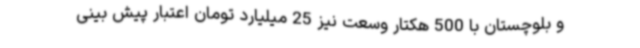
و بلوچستان با 500 هکتار وسعت نیز 25 میلیارد تومان اعتبار پیش بینی